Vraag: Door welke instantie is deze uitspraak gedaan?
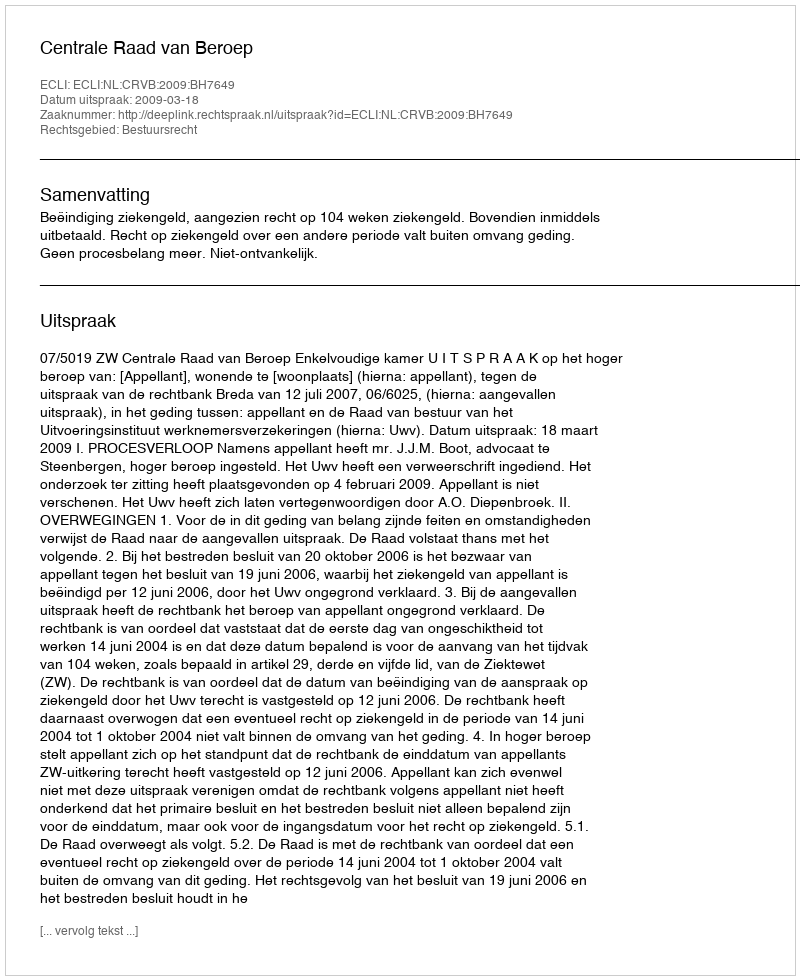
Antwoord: Centrale Raad van Beroep